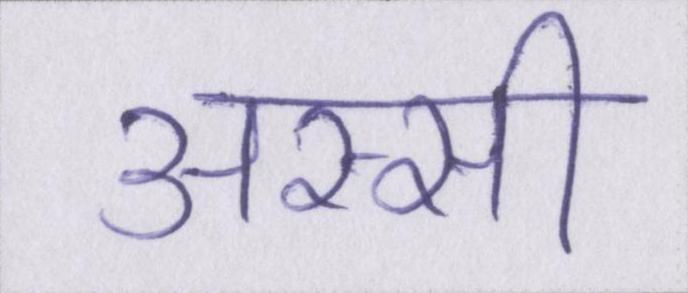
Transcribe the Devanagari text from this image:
अस्सी